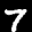
Digit: 7